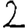
Digit: 2